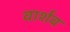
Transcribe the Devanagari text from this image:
वार्शव